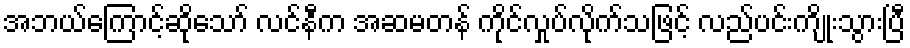
အဘယ်ကြောင့်ဆိုသော် လင်နီက အဆမတန် ကိုင်လှုပ်လိုက်သဖြင့် လည်ပင်းကျိုးသွားပြီ